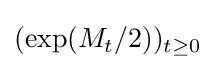
(\exp(M_{t}/2))_{t\geq 0}